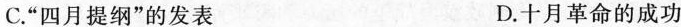
C.”四月提纲”的发表 D.十月革命的成功